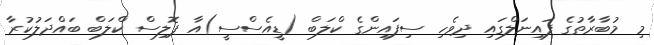
މި މުބާރާތުގެ ފައިނަލްގައި ދިވެހި ސިފައިންގެ ކްލަބް (ޑީއެސްސީ)އާ ޕޮލިސް ކްލަބް ބައްދަލުކުރާ